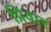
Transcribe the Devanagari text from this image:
प्रिवार